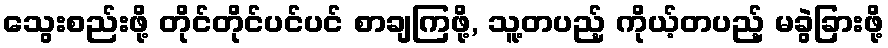
သွေးစည်းဖို့ တိုင်တိုင်ပင်ပင် စာချကြဖို့, သူ့တပည့် ကိုယ့်တပည့် မခွဲခြားဖို့